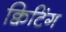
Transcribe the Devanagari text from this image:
क्विटिंग